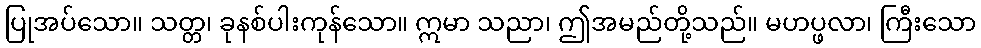
ပြုအပ်သော။ သတ္တ၊ ခုနစ်ပါးကုန်သော။ ဣမာ သညာ၊ ဤအမည်တို့သည်။ မဟပ္ဖလာ၊ ကြီးသော